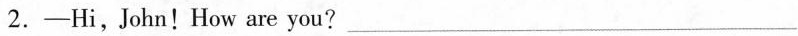
2.-Hi,John! How are you? ___